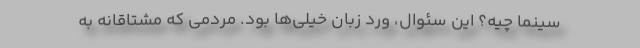
سینما چیه؟ این سئوال، ورد زبان خیلی‌ها بود. مردمی که مشتاقانه به